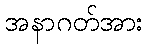
အနာဂတ်အား